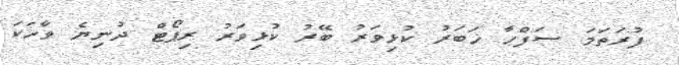
ފުރަތަމަ ސަފްހާ ޚަބަރު ކުޅިވަރު ބޭރު ކުޅިވަރު ރިޕޯޓް ދުނިޔެ ވާހަކަ